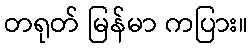
တရုတ် မြန်မာ ကပြား။